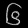
Digit: ၆